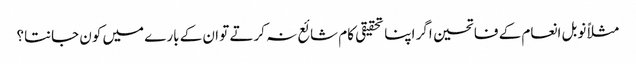
مثلاً نوبل انعام کے فاتحین اگر اپنا تحقیقی کام شائع نہ کرتے تو ان کے بارے میں کون جانتا؟